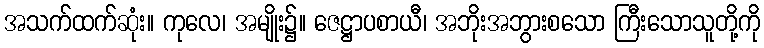
အသက်ထက်ဆုံး။ ကုလေ၊ အမျိုး၌။ ဇေဋ္ဌာပစာယီ၊ အဘိုးအဘွားစသော ကြီးသောသူတို့ကို